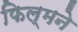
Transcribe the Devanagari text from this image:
फिल्मने